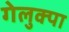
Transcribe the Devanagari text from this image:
गेलुक्पा